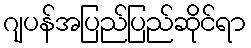
ဂျပန်အပြည်ပြည်ဆိုင်ရာ